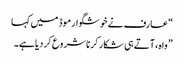
“ عارف نے خوشگوار موڈ میں کہا
” واہ ، آتے ہی شکار کرنا شروع کردیا ہے۔